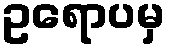
ဥရောပမှ